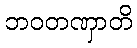
ဘဝတဏှာတိ